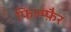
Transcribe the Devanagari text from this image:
फिल्म्फ़ैर